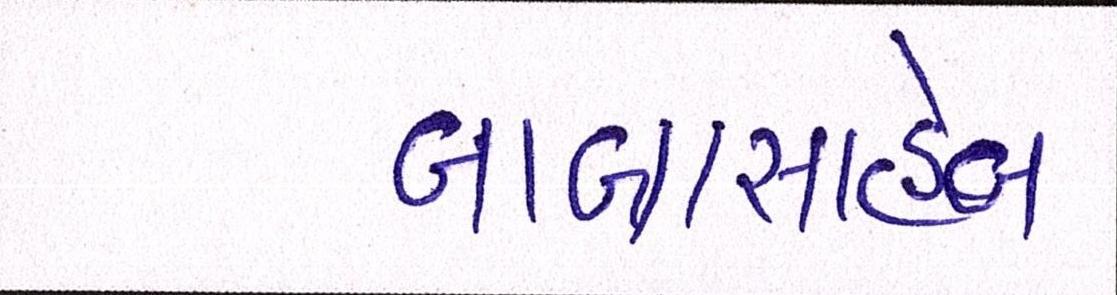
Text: બાબાસાહેબ